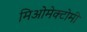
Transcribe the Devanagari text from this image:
मिओमेक्टोमी